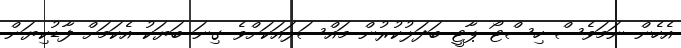
އެހެން ނަމަވެސް ހިސްޓޯ ޕާޓީ ބަދަލުކުރުން މައްސަލައަކަށްވެ ގިނަ ބަޔަކު އެކަމަށް ފާޑުކިޔަން